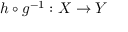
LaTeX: h \circ g ^ { - 1 } : X \to Y